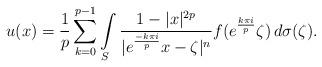
LaTeX: \begin{align*}u(x) =\frac{1}{p}\sum_{k=0}^{p-1} \int\limits_{S} \frac{1-|x|^{2p}}{|e^\frac{-k\pi i}{p}x-\zeta|^n }f(e^\frac{k\pi i}{p}\zeta) \,d\sigma(\zeta).\end{align*}